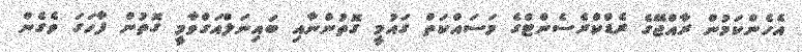
އެހެންކަމުން ރާއްޖޭގެ ރެޑްކްރެސެންޓްގެ މަސައްކަތް ގައުމީ ގޮތުންނާއި ބައިނަލްއަގްވާމީ ގޮތުން ފާހަގަ ވެގެން